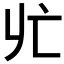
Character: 𪜡